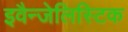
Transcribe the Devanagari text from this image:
इवैन्जेलिस्टिक